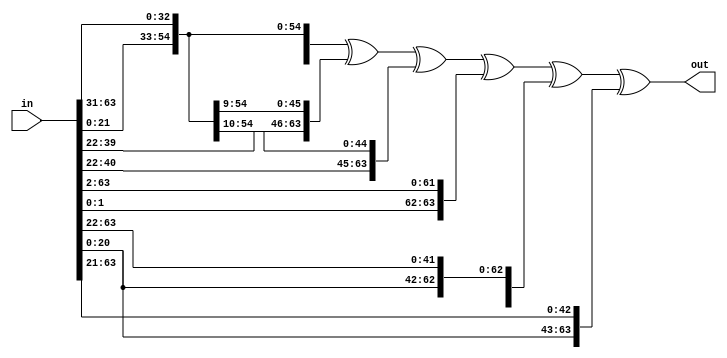
module odo_rotation_helper(in, out);
    input [63:0] in;
    output [63:0] out;
    assign out = {in[30:0], in[63:31]} ^ {in[39:0], in[63:40]} ^ {in[40:0], in[63:41]} ^ {in[1:0], in[63:2]} ^ {in[21:0], in[63:22]} ^ {in[20:0], in[63:21]};
endmodule